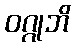
ဝဂ္ဂုဘိ